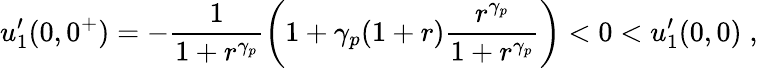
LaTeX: u_{1}^{\prime}(0,0^{+})=-\frac{1}{1+r^{\gamma_{p}}}\left(1+\gamma_{p}(1+r)\frac{r^{\gamma_{p}}}{1+r^{\gamma_{p}}}\right)<0<u_{1}^{\prime}(0,0)\; ,